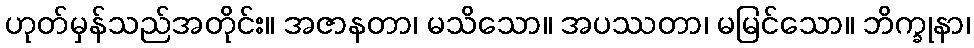
ဟုတ်မှန်သည်အတိုင်း။ အဇာနတာ၊ မသိသော။ အပဿတာ၊ မမြင်သော။ ဘိက္ခုနာ၊